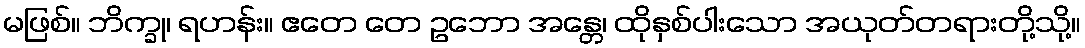
မဖြစ်။ ဘိက္ခု၊ ရဟန်း။ ဧတေ တေ ဥဘော အန္တေ၊ ထိုနှစ်ပါးသော အယုတ်တရားတို့သို့။